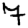
Digit: 7